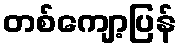
တစ်ကျော့ပြန်